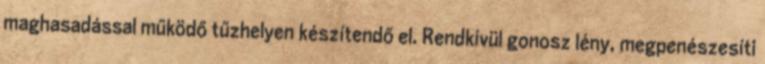
maghasadással működő tűzhelyen készítendő el. Rendkívül gonosz lény, megpenészesíti